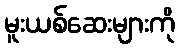
မူးယစ်ဆေးများကို